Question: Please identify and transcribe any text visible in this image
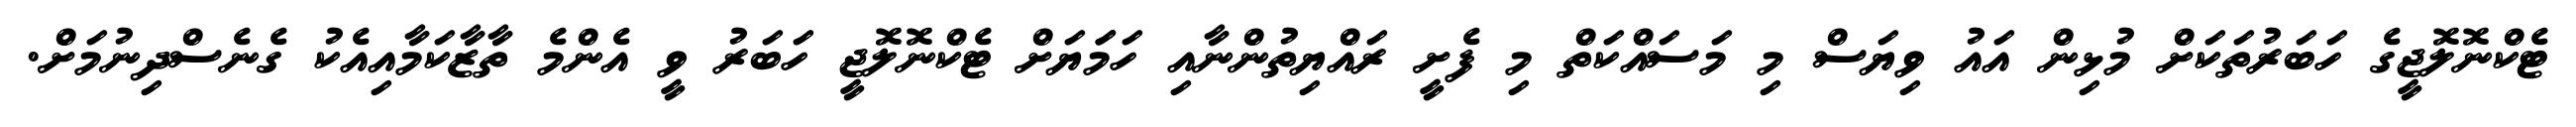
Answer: ޓެކްނޮލޮޖީގެ ހަބަރުތަކަށް މުޅިން އައު ވިޔަސް މި މަސައްކަތް މި ފެށީ ރައްޔިތުންނާއި ހަމަަޔަށް ޓެކްނޮލޮޖީ ހަބަރު ވީ އެންމެ ތާޒާކަމާއިއެކު ގެނެސްދިނުމަށް.